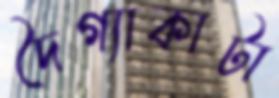
দৈগ্যাকাটা